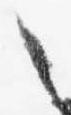
々